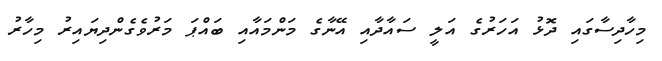
މިހާދިސާގައި ދޮޅު އަހަރުގެ އަލީ ސައާދާއި އޭނާގެ މަންމައާއި ބައްޕަ މަރުވެގެންދިޔައިރު މިހާރު